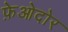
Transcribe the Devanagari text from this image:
फ़ेओदोर